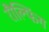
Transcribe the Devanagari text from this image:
रौल्फिंग